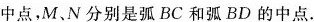
中点，M、N分别是弧BC和弧BD的中点。